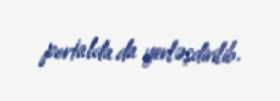
portalda da yerləşdirilib.